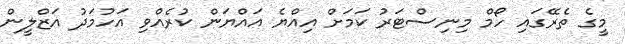
މީގެ ތެރޭގައި ހޯމް މިނިސްޓަރު ކަމަށް އިއްޔެ އައްޔަން ކުރެއްވި އަހުމަދު އަޒްލީން